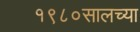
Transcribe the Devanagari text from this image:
१९८०सालच्या